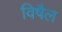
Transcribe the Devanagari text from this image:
विषैल